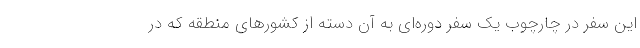
این سفر در چارچوب یک سفر دوره‌ای به آن دسته از کشورهای منطقه که در